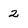
Character: 2